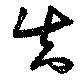
知